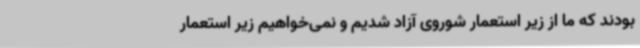
بودند که ما از زیر استعمار شوروی آزاد شدیم و نمی‌خواهیم زیر استعمار